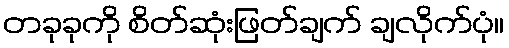
တခုခုကို စိတ်ဆုံးဖြတ်ချက် ချလိုက်ပုံ။